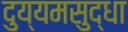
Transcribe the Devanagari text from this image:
दुय्यमसुद्धा